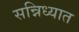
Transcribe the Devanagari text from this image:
सन्निध्यात